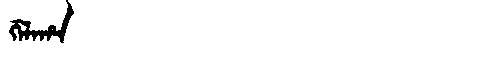
Manchu: ᡤᡝᠯᠠᡥᠠ
Romanization: GELAHA